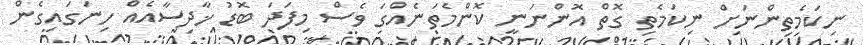
ނިކަމެތިންނަށް ނިކަމެތި ގޮތް އޮންނަނީ ކޮންމެތަނެއްގަ ވެސް މިފަދަ ބޮޑު ޚާދިސާއެއް ހިނަގައިގެން